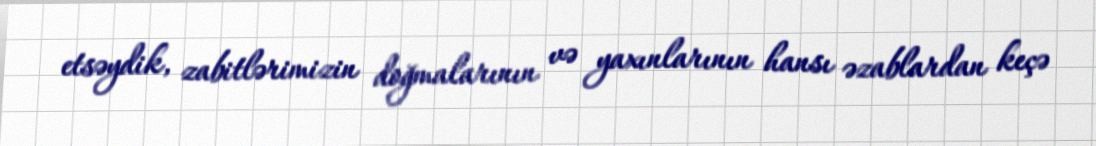
etsəydik, zabitlərimizin doğmalarının və yaxınlarının hansı əzablardan keçə